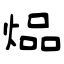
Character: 煰